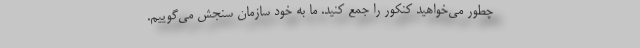
چطور می‌خواهید کنکور را جمع کنید. ما به خود سازمان سنجش می‌گوییم.